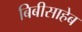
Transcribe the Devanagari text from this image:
बिबीसाहेब